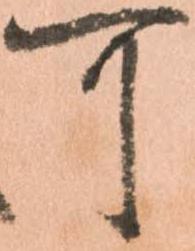
可